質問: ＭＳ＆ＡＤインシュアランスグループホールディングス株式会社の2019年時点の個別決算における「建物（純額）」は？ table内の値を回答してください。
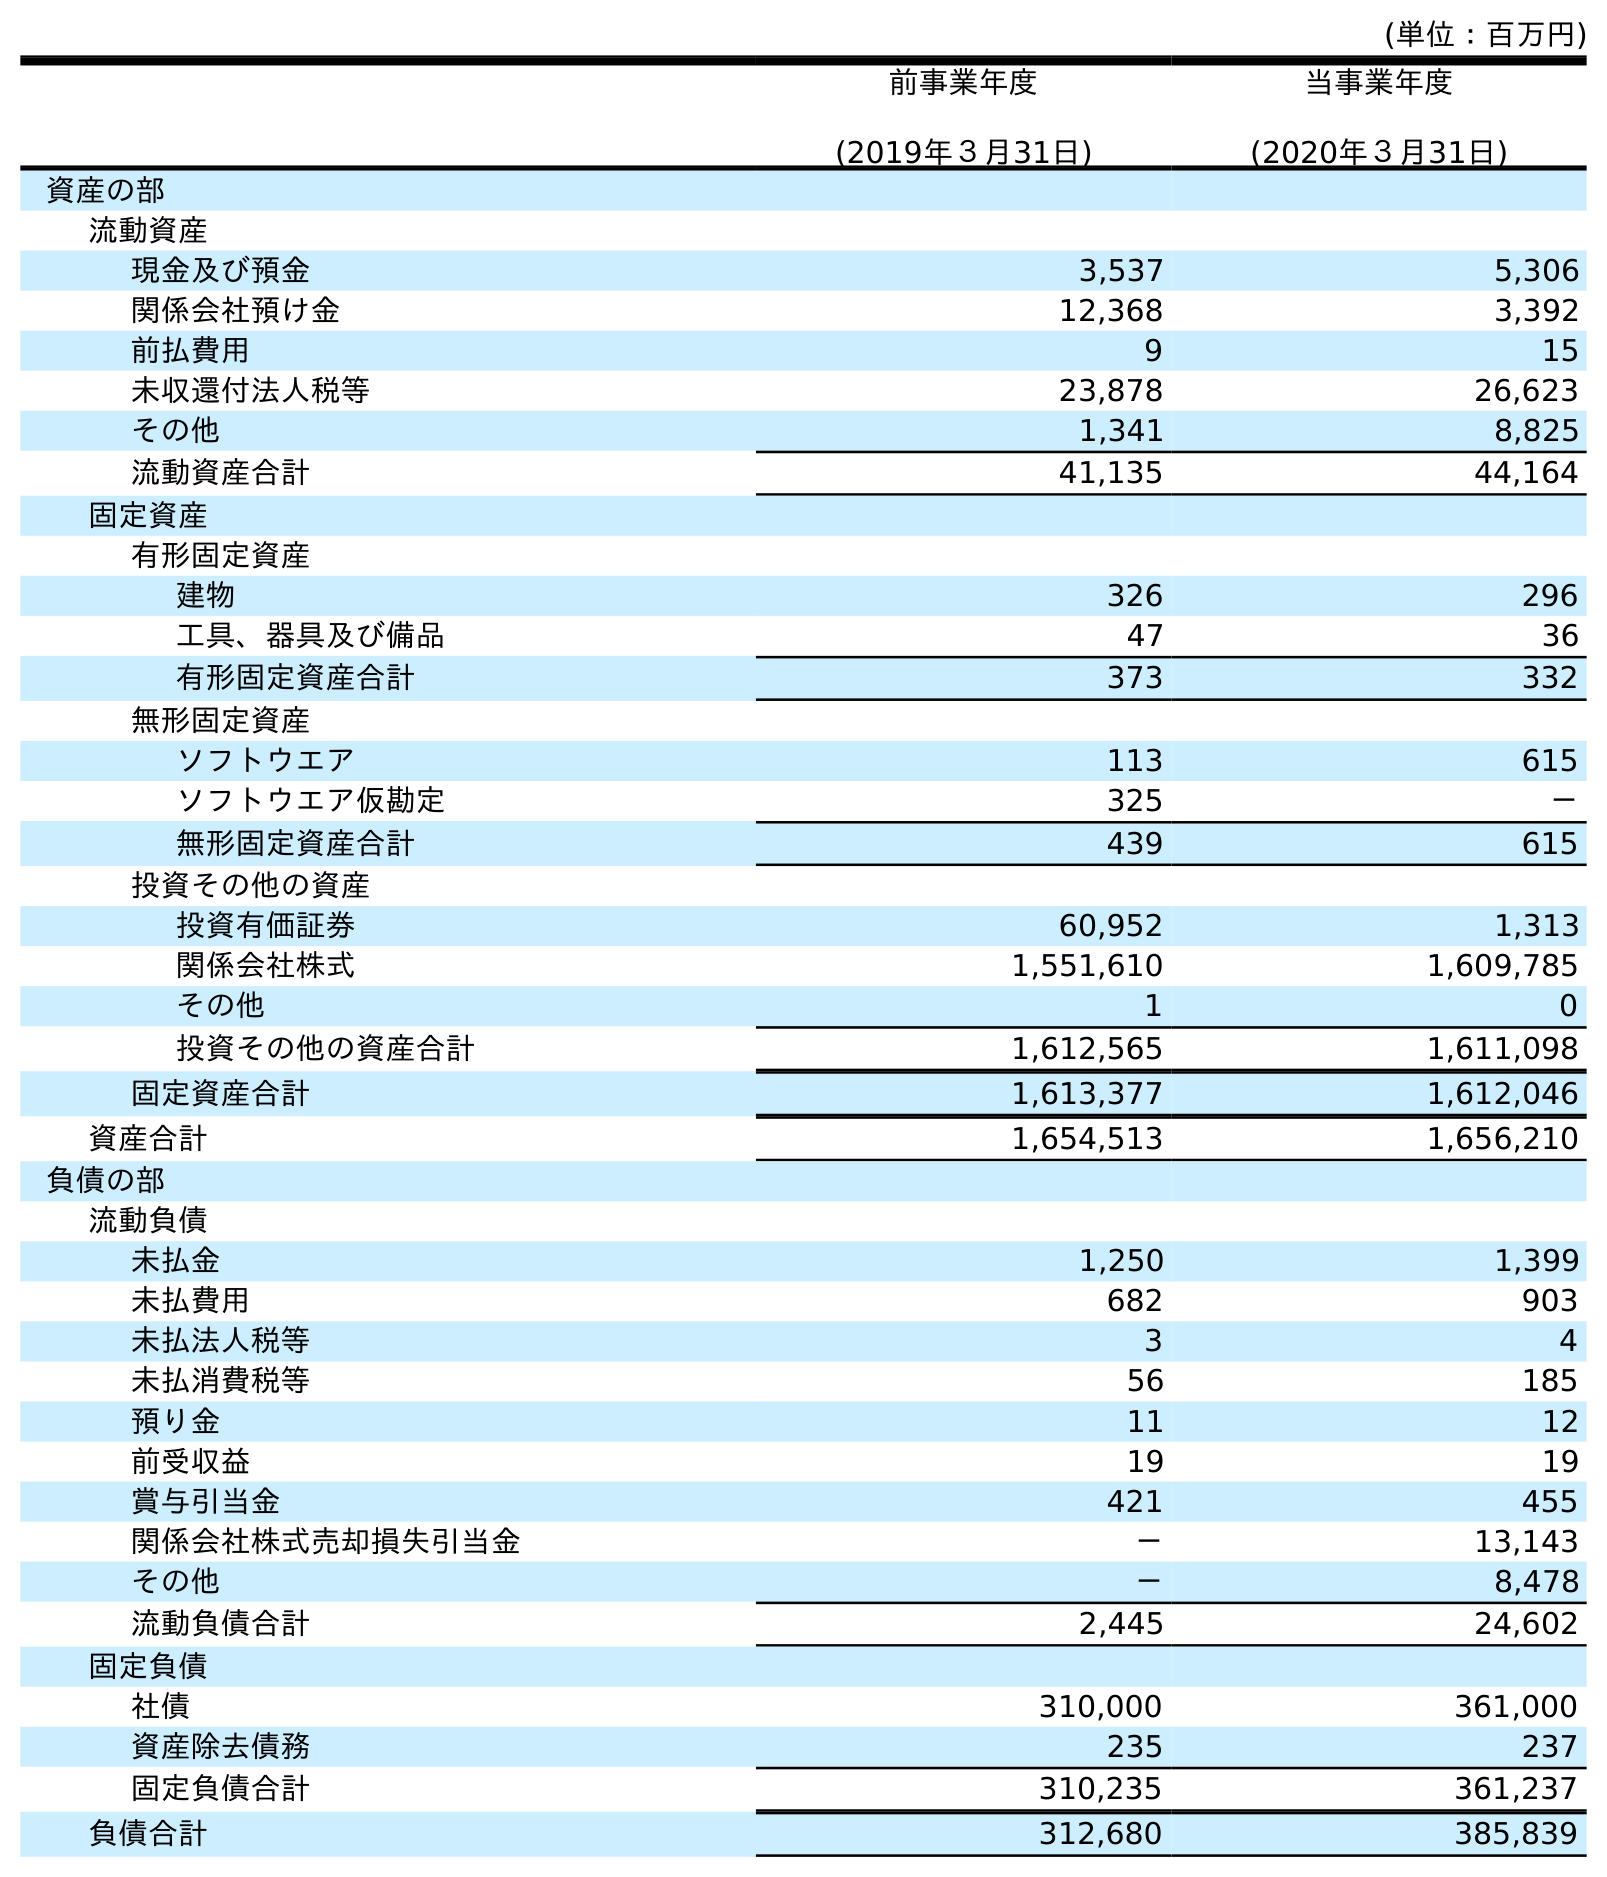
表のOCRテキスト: (単位：百万円) 前事業年度 (2019年３月31日) 当事業年度 (2020年３月31日) 資産の部 流動資産 現金及び預金 3,537 5,306 関係会社預け金 12,368 3,392 前払費用 9 15 未収還付法人税等 23,878 26,623 その他 1,341 8,825 流動資産合計 41,135 44,164 固定資産 有形固定資産 建物 326 296 工具、器具及び備品 47 36 有形固定資産合計 373 332 無形固定資産 ソフトウエア 113 615 ソフトウエア仮勘定 325 － 無形固定資産合計 439 615 投資その他の資産 投資有価証券 60,952 1,313 関係会社株式 1,551,610 1,609,785 その他 1 0 投資その他の資産合計 1,612,565 1,611,098 固定資産合計 1,613,377 1,612,046 資産合計 1,654,513 1,656,210 負債の部 流動負債 未払金 1,250 1,399 未払費用 682 903 未払法人税等 3 4 未払消費税等 56 185 預り金 11 12 前受収益 19 19 賞与引当金 421 455 関係会社株式売却損失引当金 － 13,143 その他 － 8,478 流動負債合計 2,445 24,602 固定負債 社債 310,000 361,000 資産除去債務 235 237 固定負債合計 310,235 361,237 負債合計 312,680 385,839
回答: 326